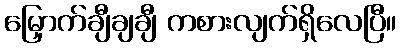
မြှောက်ချီချချီ ကစားလျက်ရှိလေပြီ။